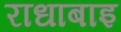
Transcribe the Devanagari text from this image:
राधाबाइ